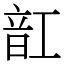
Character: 䪦